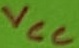
Text: VCC